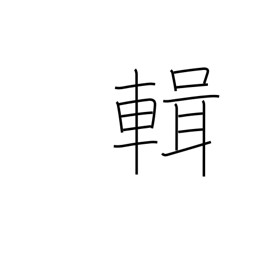
Meaning: compile